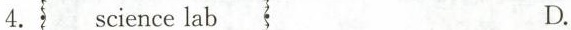
4.science lab D.